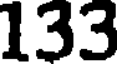
133